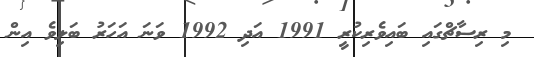
މި ރިސާޗްގައި ބައިވެރިކުރީ 1991 އަދި 1992 ވަނަ އަހަރު ބަލިވެ އިން